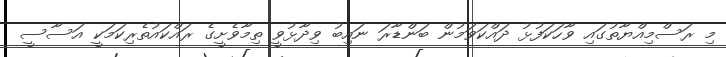
މި ރަސްމިއްޔާތުގައި ވާހަކަފުޅު ދައްކަވަމުން ބަންޑާރަ ނައިބު ވިދާޅުވީ ތިމާވެށީގެ ރައްކައުތެރިކަމަކީ އަސާސީ